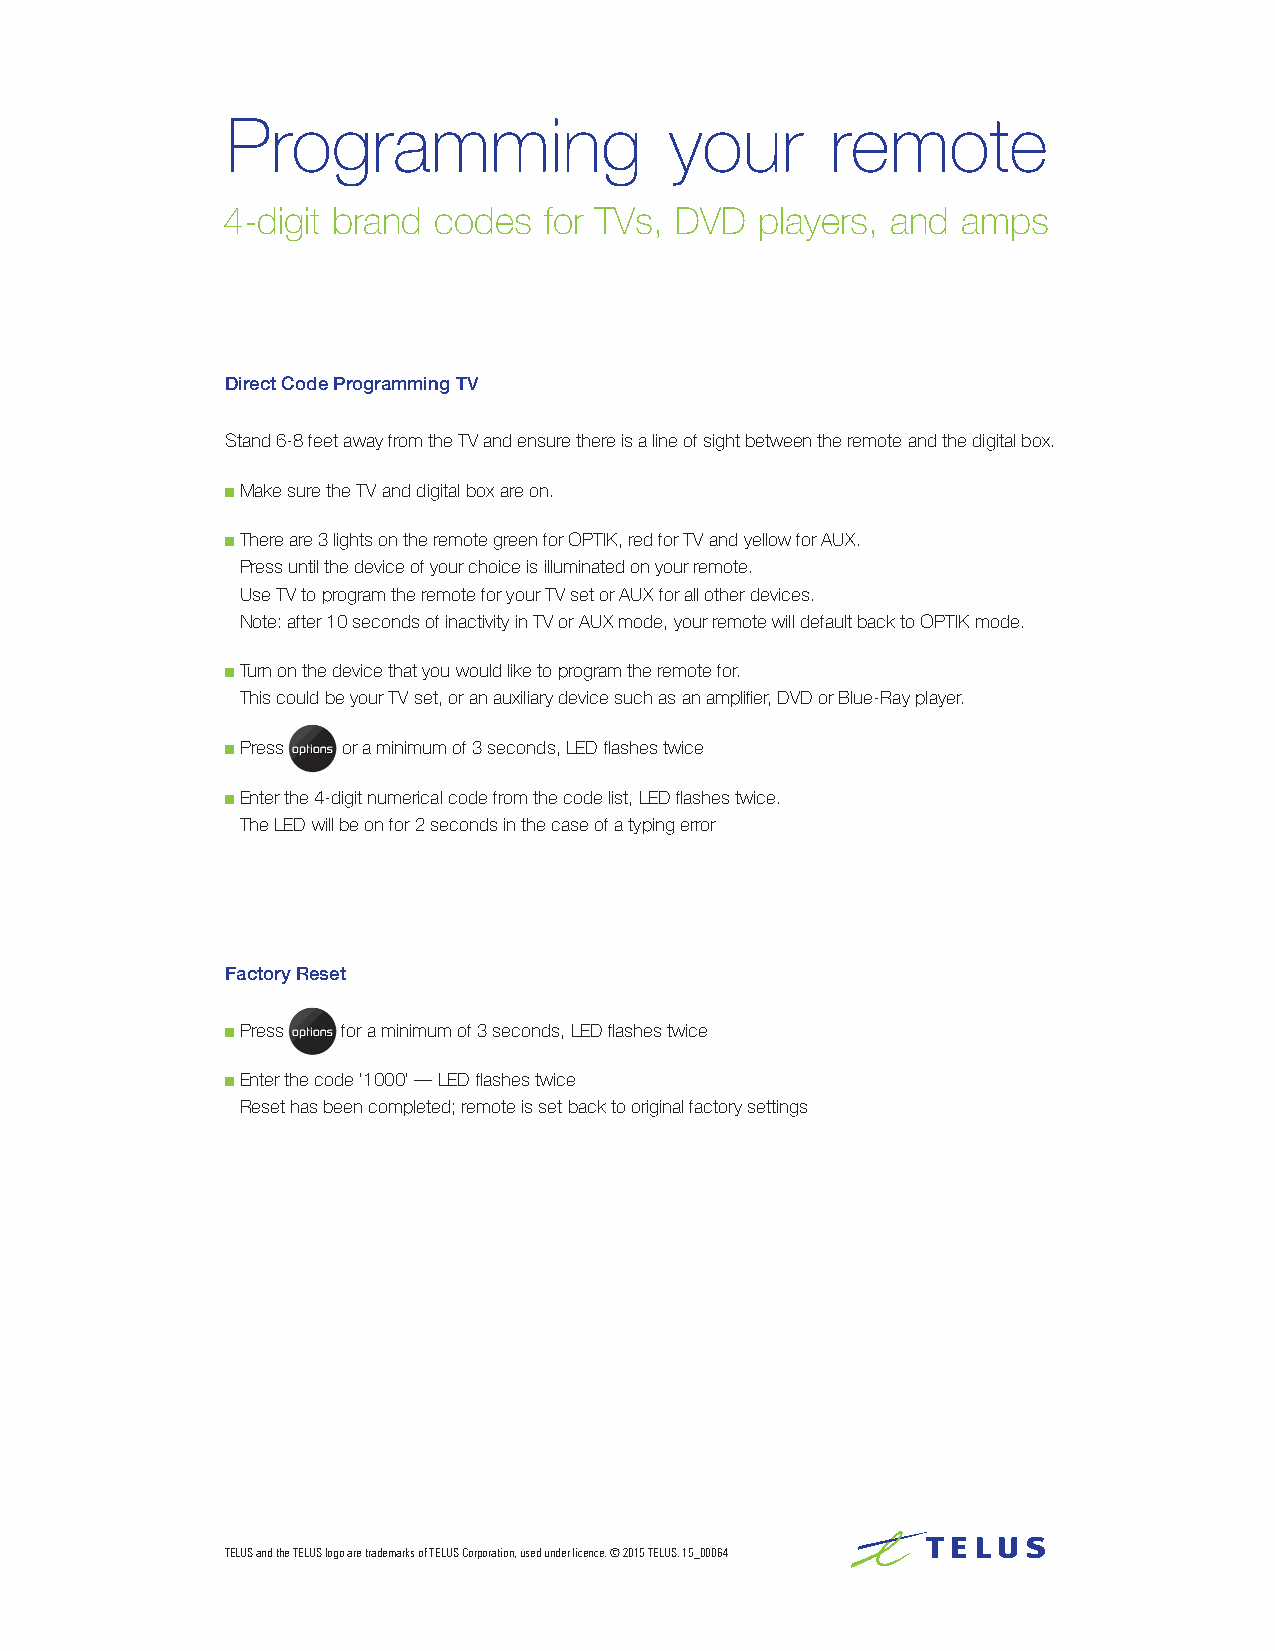
Programming                  your       remote
 4-digit brand codes  for TVs, DVD  players, and  amps
 Direct Code Programming TV
 Stand 6-8 feet away from the TV and ensure there is a line of sight between the remote and the digital box.
 ■ Make sure the TV and digital box are on.
 ■ There are 3 lights on the remote green for OPTIK, red for TV and yellow for AUX.
 Press until the device of your choice is illuminated on your remote.
 Use TV to program the remote for your TV set or AUX for all other devices.
 Note: after 10 seconds of inactivity in TV or AUX mode, your remote will default back to OPTIK mode.
 ■ Turn on the device that you would like to program the remote for.
 This could be your TV set, or an auxiliary device such as an amplifier, DVD or Blue-Ray player.
 ■ Press or a minimum of 3 seconds, LED flashes twice
 ■ Enter the 4-digit numerical code from the code list, LED flashes twice.
 The LED will be on for 2 seconds in the case of a typing error
 Factory Reset
 ■ Press for a minimum of 3 seconds, LED flashes twice
 ■ Enter the code ‘1000’ — LED flashes twice
 Reset has been completed; remote is set back to original factory settings
 TELUS and the TELUS logo are trademarks of TELUS Corporation, used under licence. © 2015 TELUS. 15_00064